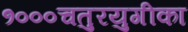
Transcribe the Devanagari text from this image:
१०००चतुरयुगीका